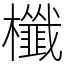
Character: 櫼